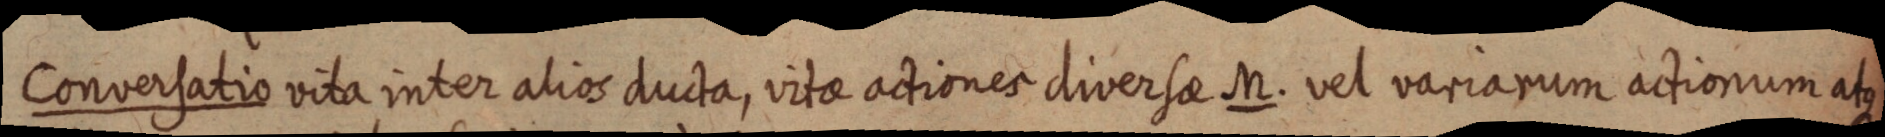
Conversatio vita inter alios ducta, vitae actiones diversae M. vel variarum actionum atque